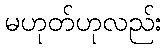
မဟုတ်ဟုလည်း